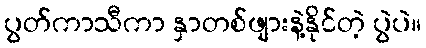
ပွတ်ကာသီကာ နှာတစ်ဖျားနဲ့နိုင်တဲ့ ပွဲပဲ။